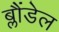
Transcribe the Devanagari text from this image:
ब्लौंडेल